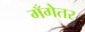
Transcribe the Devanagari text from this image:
मँगेतर